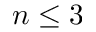
n \leq 3